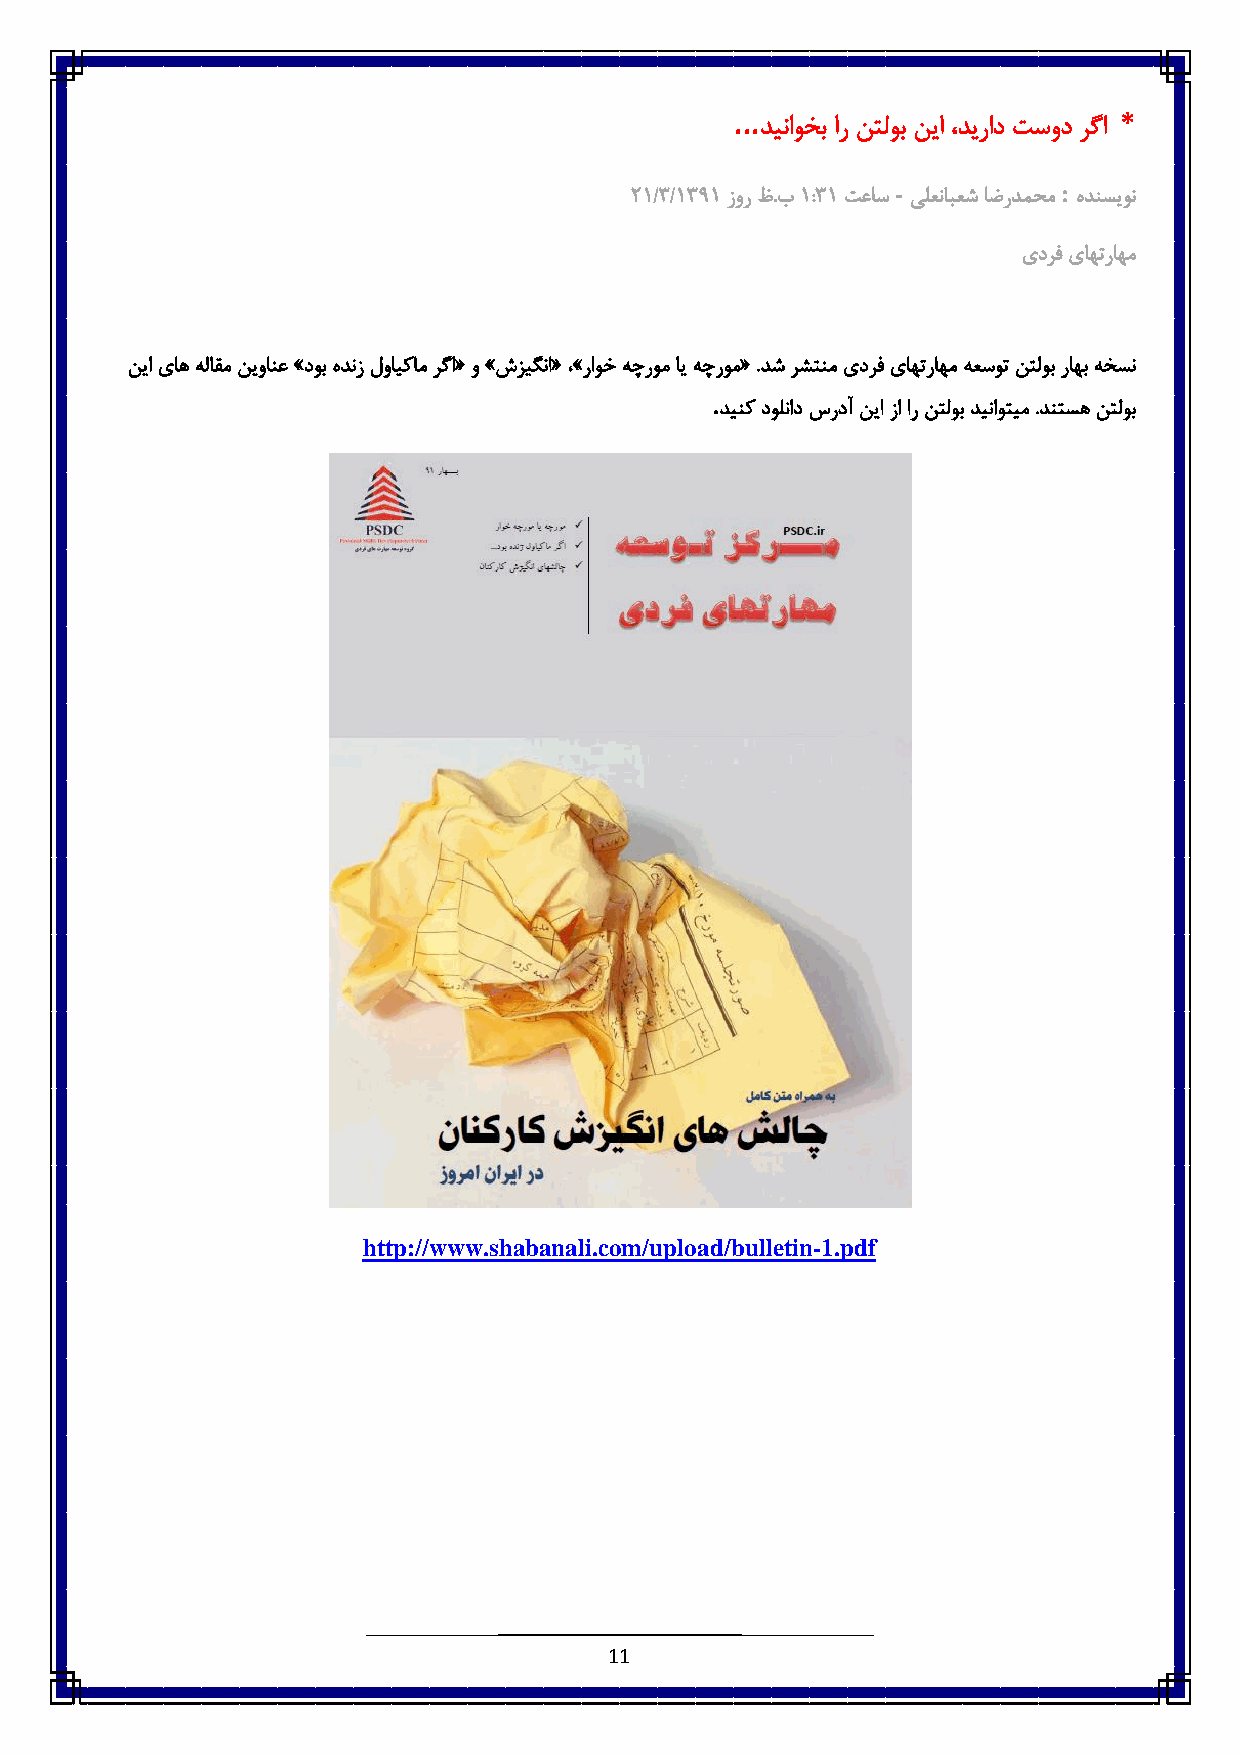
...
 دیناوخب ار نتلوب نیا ،دیراد تسود رگا
 *
 -          :
 :6/8/6836 زور ظ.ب6 :86 تعاس یلعنابعش اضردمحم هدنسیون
 یدرف یاهتراهم
 نیا یاه هلاقم نیوانع »دوب هدنز لوایکام رگا« و »شزیگنا« ،»راوخ هچروم ای هچروم« .دش رشتنم یدرف یاهتراهم هعسوت نتلوب راهب هخسن
 .
 دینک دولناد سردآ نیا زا ار نتلوب دیناوتیم .دنتسه نتلوب
 http://www.shabanali.com/upload/bulletin-1.pdf
 11